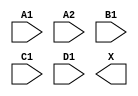
module sky130_fd_sc_hd__o2111a (
    //# {{data|Data Signals}}
    input  A1,
    input  A2,
    input  B1,
    input  C1,
    input  D1,
    output X
);

    // Voltage supply signals
    supply1 VPWR;
    supply0 VGND;
    supply1 VPB ;
    supply0 VNB ;

endmodule